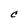
Character: C